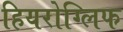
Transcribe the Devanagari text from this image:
हियरोग्लिफ